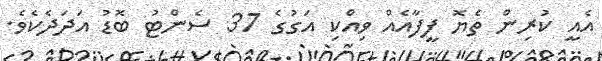
އެއީ ކުރިން ތެޔޮ ފީފާއެއް ވިއްކި އަގުގެ 37 ސެންޓު ބޮޑު އަދަދެކެވެ.